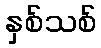
နှစ်သစ်